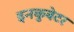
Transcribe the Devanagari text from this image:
इनकुबेटर